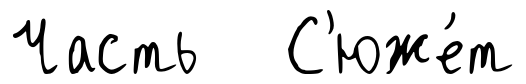
Часть С'юже́т